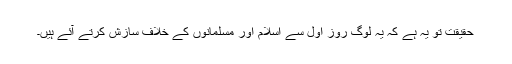
حقیقت تو یہ ہے کہ یہ لوگ روز اول سے اسلام اور مسلمانوں کے خلاف سازش کرتے آئے ہیں۔